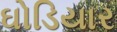
ઘોડિયાર